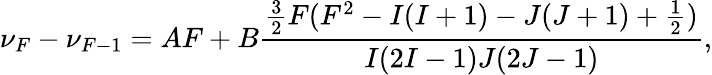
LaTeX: \nu_{F}-\nu_{F-1}=AF+B\frac{\frac{3}{2}F(F^{2}-I(I+1)-J(J+1)+\frac{1}{2})}{I(2I-1)J(2J-1)},